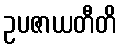
ဥပဇာယတီတိ